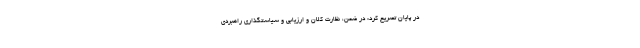
در پایان تصریح کرد: در ضمن، نظارت کلان و ارزیابی و سیاستگذاری راهبردی